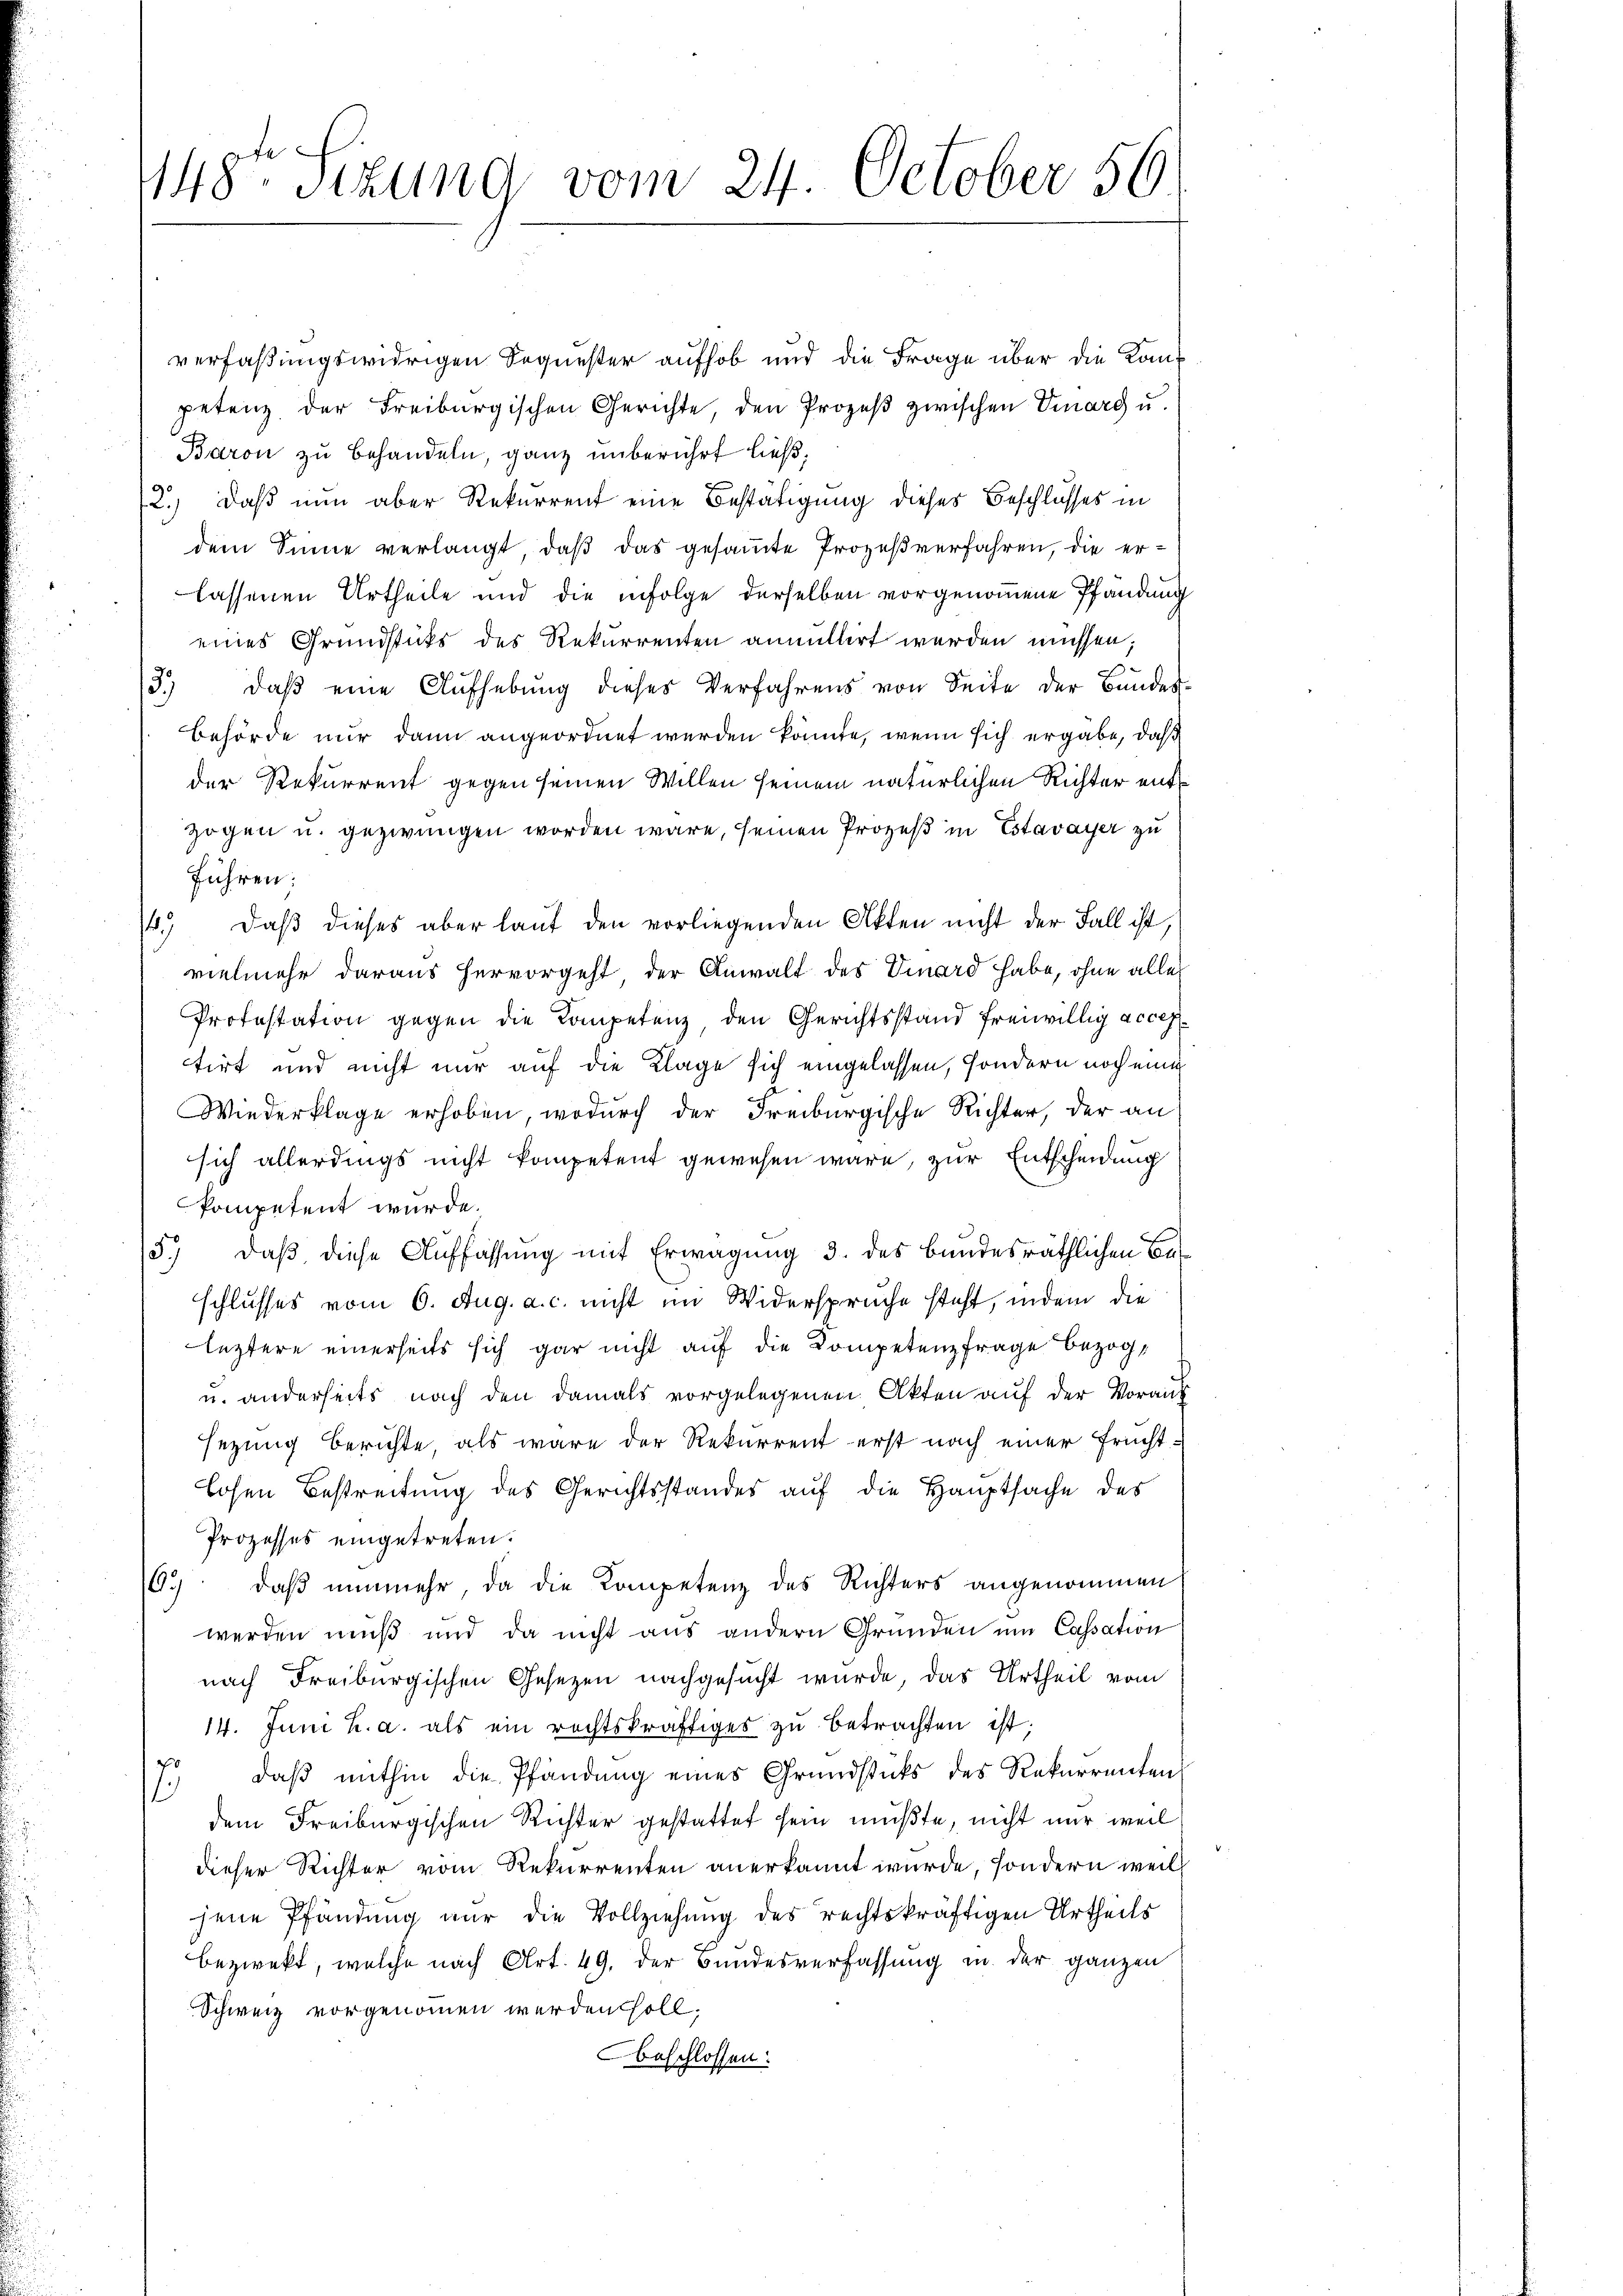
148 Sizung vom 24. October 56

verfaßungswidrigen Sequester aufhob und die Frage über die Kanpetenz der Freiburgischen Gerichte den Prozeß zwischen Vinarg u.
Baron zu behandeln, ganz unberührt ließ,
2.) Daß nun aber Rekurrent eine Bestätigung dieses Beschlusses in
dem Sinne verlangt, daß das gesammte Prozeßverfahren, die erlassenen Urtheile und die infolge derselben vorgenommene Pfandung
eines Grundsticks des Rekurrenten anmittirt werden müssen;
3.) daβ eine Aŭfhebŭng dieses Verfahrens von Seite der Bundes-
Behörde nur dann angeordnet werden könnte, wenn sich ergabe, daß
der Rekurrent gegen seinen Willen seinem natürlichen Richter entzogen u. gezwungen worden wäre, seinen Prozeß in Estavayer zu
führen;
.) daß dieses aber lauf den vorliegenden Akten nicht der Fall ist,
vielmehr daraus hervorgeht der Anwalt des Vinard habe, ohne alle
Protestation gegen die Kompetenz, den Gerichtsstand freiwillig acces
tirt und nicht nur auf die Klage sich eingelassen, sondern noch einig
Wiederklage erhoben, wodurch der Freiburgische Richter, der an
sich allerdings nicht kompetent gewesen wäre, zur Entscheidung
kompetent wurde.
15.) daß diese Auffassung mit Erwägung 3. des bundesräthlichen Ba-
schlusses vom 6. Aug. a. c. nicht im Widersprüche steht, indem die
leztere einerseits sich gar nicht auf die Kompetenzfrage bezog,
u. anderseits nach den damals vorgelegenen Akten auf der Vorauf
sezung berichte, als wäre der Rekurrent erst nach einer Fruchtlosen Bestreitung des Gerichtsstandes auf die Hauptsache des
Prozesses eingetreten.
65: daß nunmehr, da die Kompetenz des Richters angenommen
werden muß und da nicht aus andern Gründen und Cassation
nach Freiburgischen Gesetzen nachgesŭcht wurde, das Urtheil vom
14. Juni u. a. als ein rechtskräftiges zu betrachten ist;
7. daβ mithin die Pfändung eines Grundstücks des Rekurrenten
dem Freiburgischen Richter gestattet sein mußte, nicht nur weil
dieser Richter vom Rekurrenten anerkannt wurde, sondern weil
jene Pfändung nur die Vollziehung des rechtskräftigen Urtheils
bezwekt, welche nach Art. 49. der Bundesverfassung in der ganzen
Schweiz vorgenommen werden soll.
beschlossen: